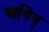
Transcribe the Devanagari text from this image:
अगिन्